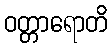
ဝတ္တာရောတိ